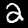
Label: 2